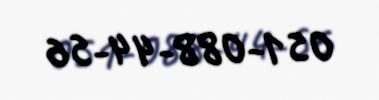
051-088-44-56